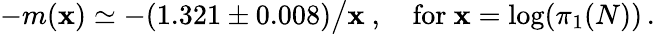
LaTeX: -m(\mathbf{x})\simeq-(1.321\pm0.008)\big/\mathbf{x}\ ,\quad\mathrm{{for~}}\mathbf{x}=\log(\pi_{1}(N))\, .